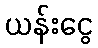
ယန်းငွေ